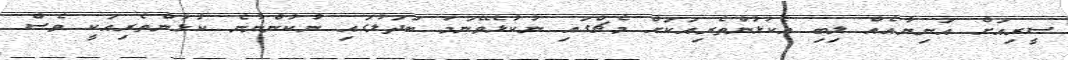
ސީރިއަށް އަނިޔާއެއް ލިބި އެކުޅުންތެރިއަކަށް މެޗްގައި ނުކުޅެވޭނަމަ ބަދަލުގައި ނުކުންނާނެ ކުޅުންތެރިއަކީ ވެސް